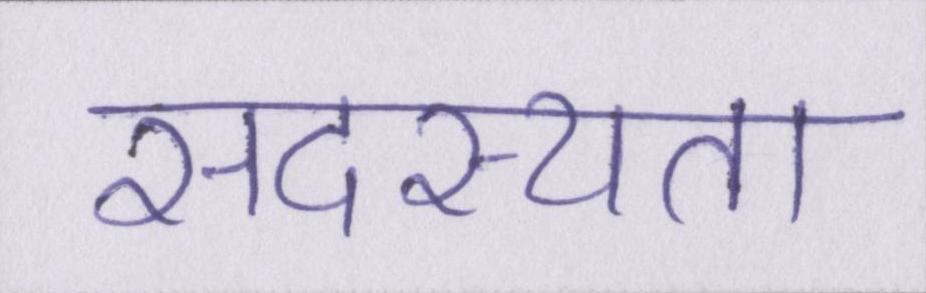
सदस्यता